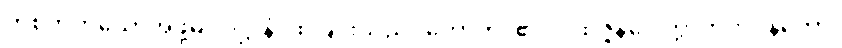
တစ်ဘက်သောအဖို့မှ။ ဝုဋ္ဌာနံ၊ ထခြင်းသည်။ ဟောတိ၊ ၏။ ပုထုဇ္ဇနဂေါတ္တာဘိဘဝနတော၊